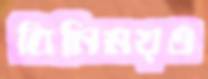
বিনিময়ও